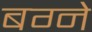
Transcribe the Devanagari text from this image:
बग्ने